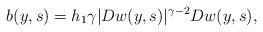
LaTeX: \begin{align*}b(y,s) = h_1\gamma|Dw(y,s)|^{\gamma-2} Dw(y,s),\end{align*}